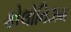
કોલોનિઝમ